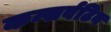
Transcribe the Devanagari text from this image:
कन्सर्वटिव